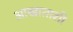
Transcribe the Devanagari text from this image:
आखाताशी